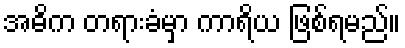
အဓိက တရားခံမှာ ကာရိယ ဖြစ်ရမည်။